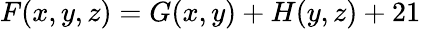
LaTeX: F(x,y,z)=G(x,y)+H(y,z)+21